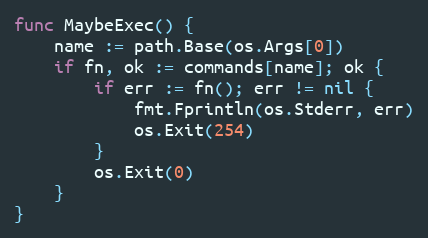
Language: Go
func MaybeExec() {
	name := path.Base(os.Args[0])
	if fn, ok := commands[name]; ok {
		if err := fn(); err != nil {
			fmt.Fprintln(os.Stderr, err)
			os.Exit(254)
		}
		os.Exit(0)
	}
}